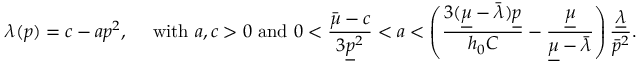
\lambda ( p ) = c - a p ^ { 2 } , \quad \mathrm { ~ w i t h ~ } a , c > 0 \mathrm { ~ a n d ~ } 0 < \frac { \bar { \mu } - c } { 3 \underline { { p } } ^ { 2 } } < a < \left( \frac { 3 ( \underline { { \mu } } - \bar { \lambda } ) \underline { { p } } } { h _ { 0 } C } - \frac { \underline { { \mu } } } { \underline { { \mu } } - \bar { \lambda } } \right) \frac { \underline { { \lambda } } } { \bar { p } ^ { 2 } } .